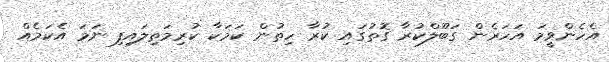
އެހެންވީމަ އަހަރެން ގަބޫލްކުރާ ގޮތުގައި ކުރާ ހިތުން ކަމަކާ ކުރިމަތިލައިފި ނަމަ އެކަމެއް